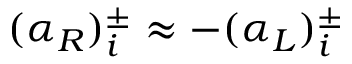
( \alpha _ { R } ) _ { i } ^ { \pm } \approx - ( \alpha _ { L } ) _ { i } ^ { \pm }